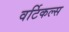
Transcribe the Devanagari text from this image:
वर्टिकल्स